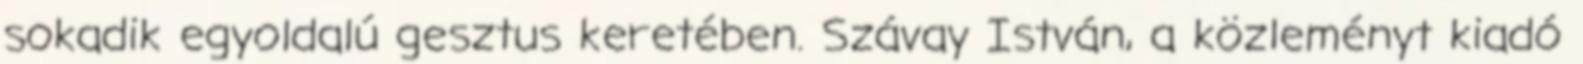
sokadik egyoldalú gesztus keretében. Szávay István, a közleményt kiadó